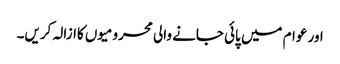
اور عوام میں پائی جانے والی محرومیوں کاازالہ کریں۔